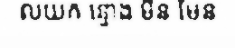
លយក ន្ទោង មិន មែន